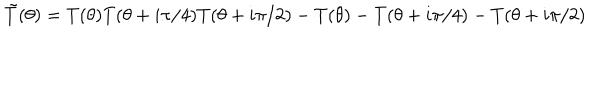
\tilde { T } ( \theta ) = T ( \theta ) T ( \theta + i \pi / 4 ) T ( \theta + i \pi / 2 ) - T ( \theta ) - T ( \theta + i \pi / 4 ) - T ( \theta + i \pi / 2 )